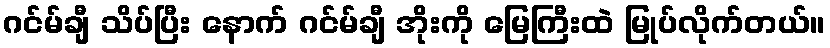
ဂင်မ်ချီ သိပ်ပြီး နောက် ဂင်မ်ချီ အိုးကို မြေကြီးထဲ မြုပ်လိုက်တယ်။